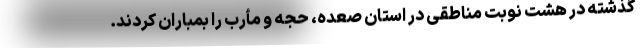
گذشته در هشت نوبت مناطقی در استان صعده، حجه و مأرب را بمباران کردند.